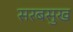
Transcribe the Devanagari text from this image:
सरबसुख